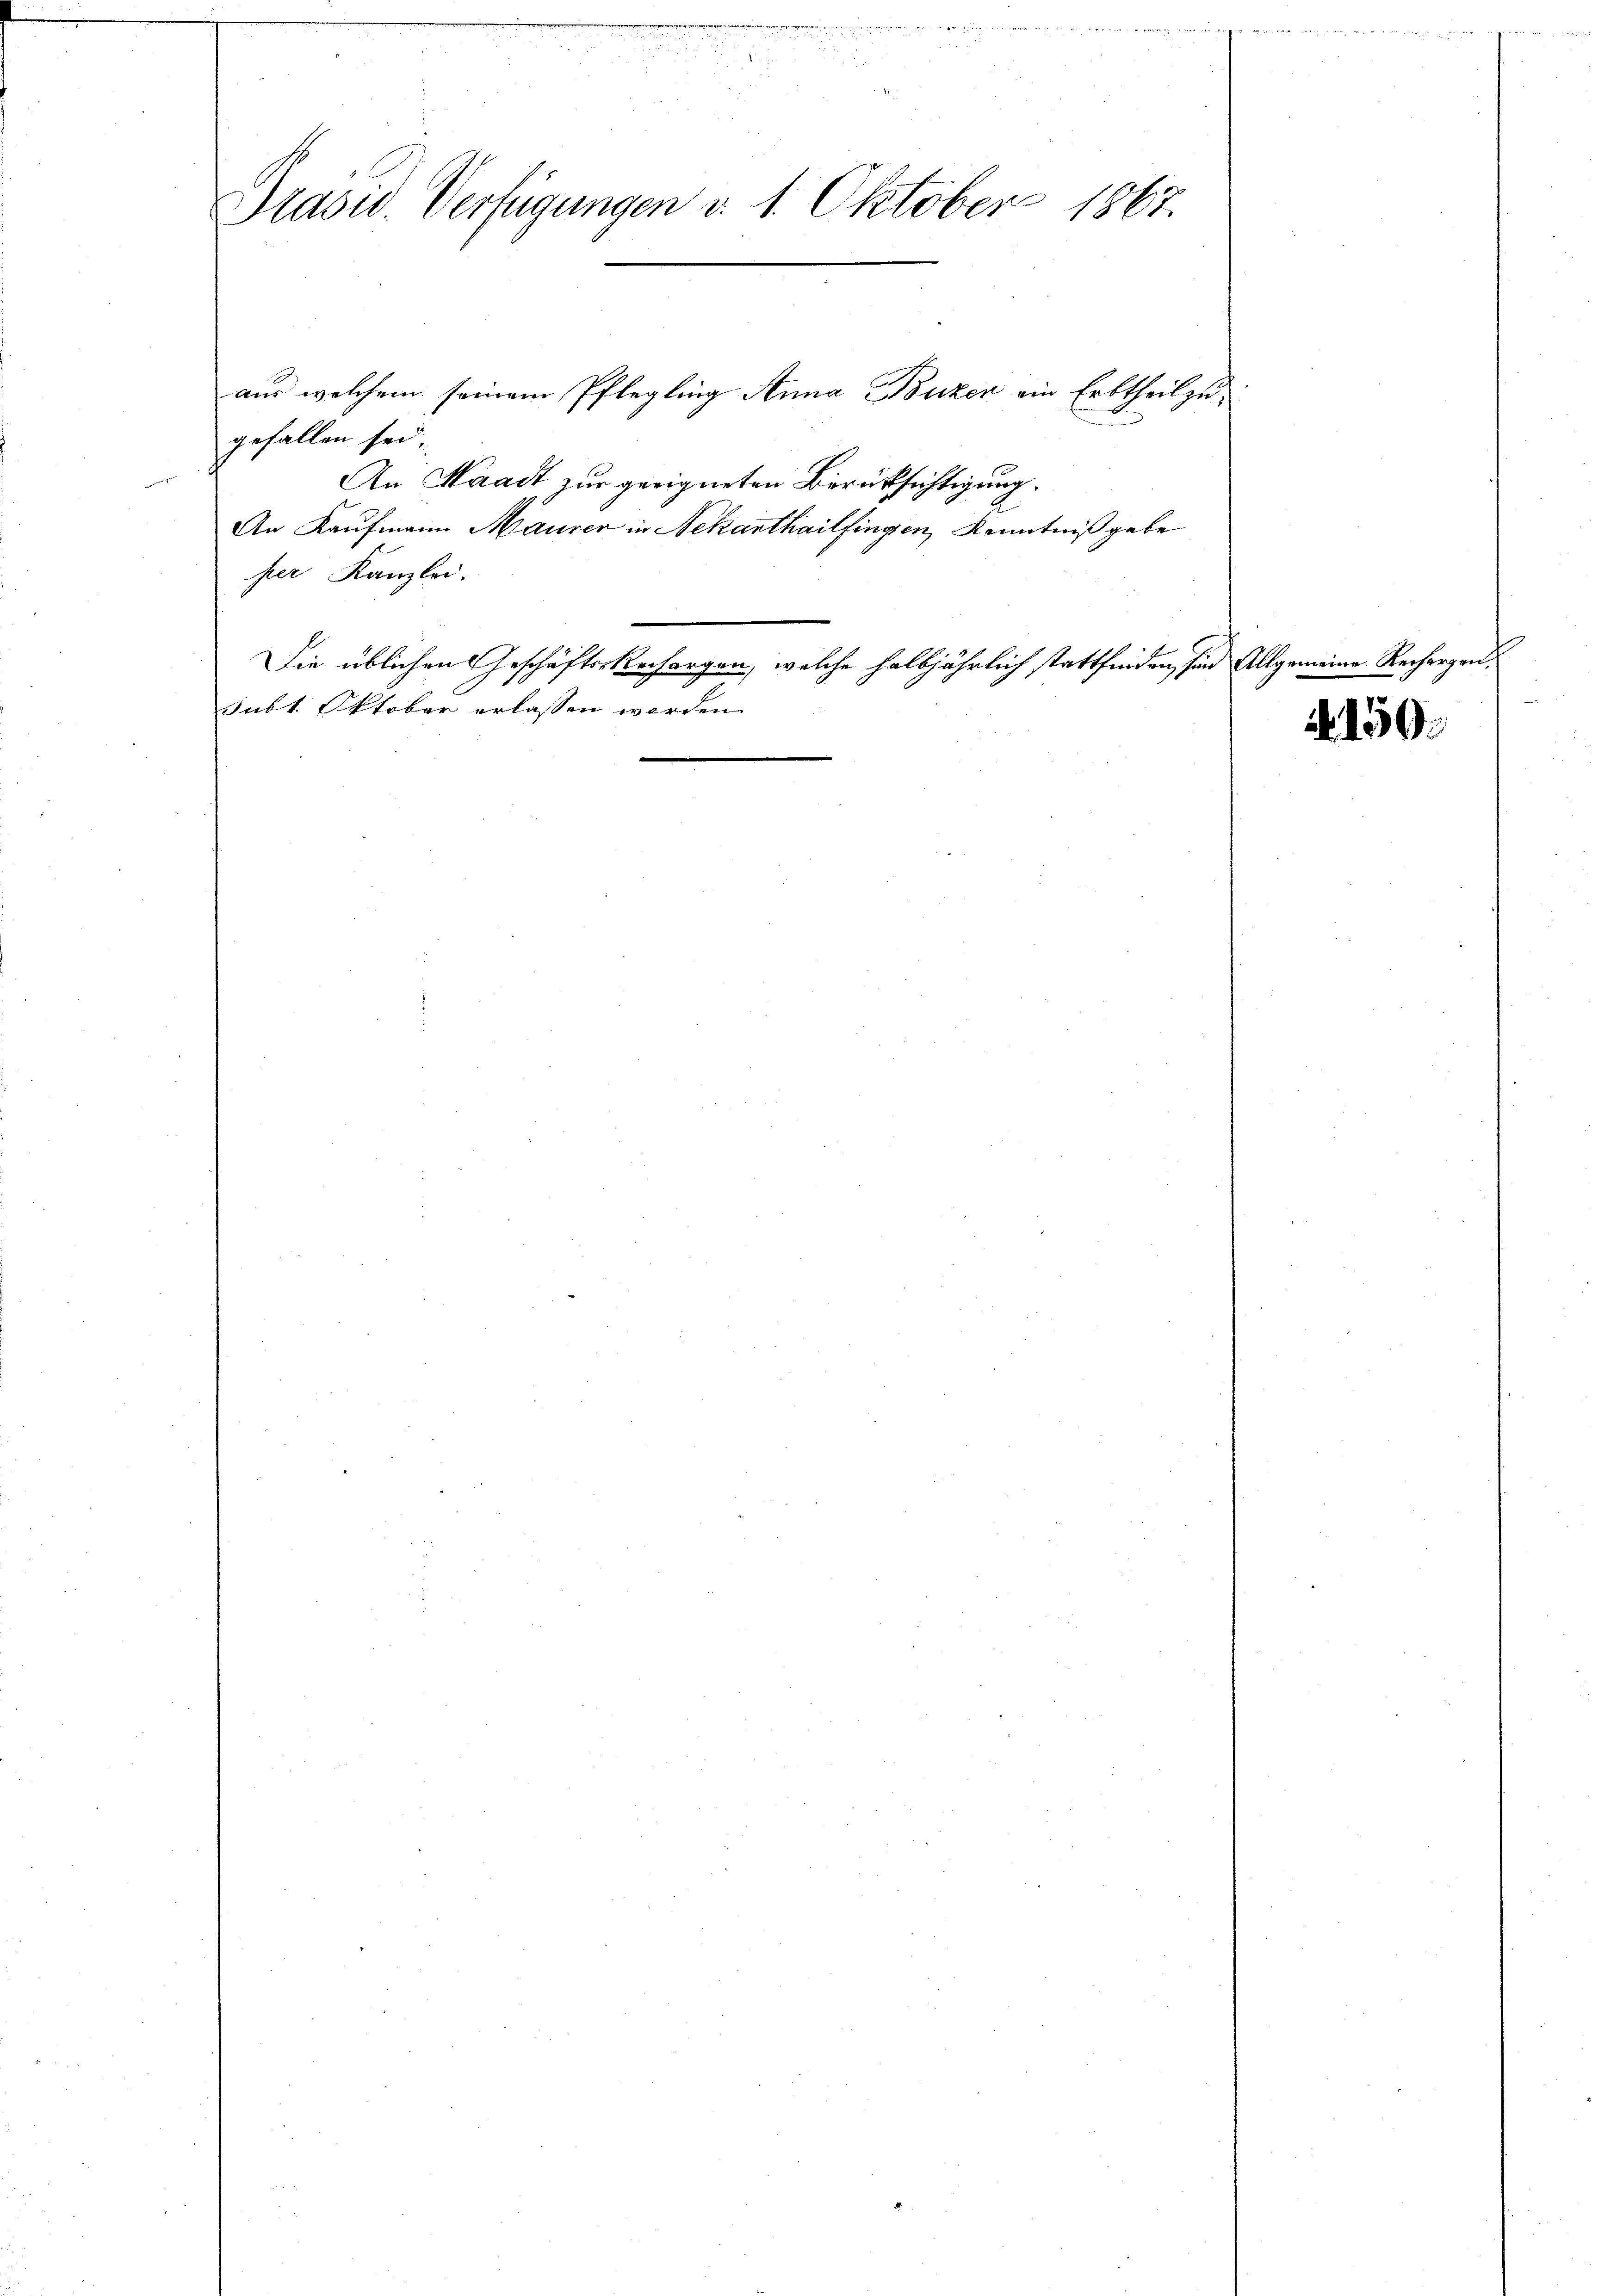
Präsid. Verfügungen d. 1. Oktober 1867.

gefallen sei.
An Waadt zur geeigneten Berüksichtigung
An Kaufmann Maurer in Nekarthailfingen, Kenntniß gebe
her Kanzlei.
Die üblichen Geschäfts-Rechargen, welche halbjährlich stattfinden, sind Allgemeine Rechargensubt. Oktober erlassen werden.

aus welchem seinem Pflegling Anna Puzer ein Erbtheil zu¬

. 150.